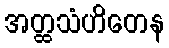
အတ္ထသံဟိတေန